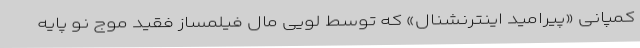
کمپانی «پیرامید اینترنشنال» که توسط لویی مال فیلمساز فقید موج نو پایه